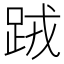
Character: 𨀻